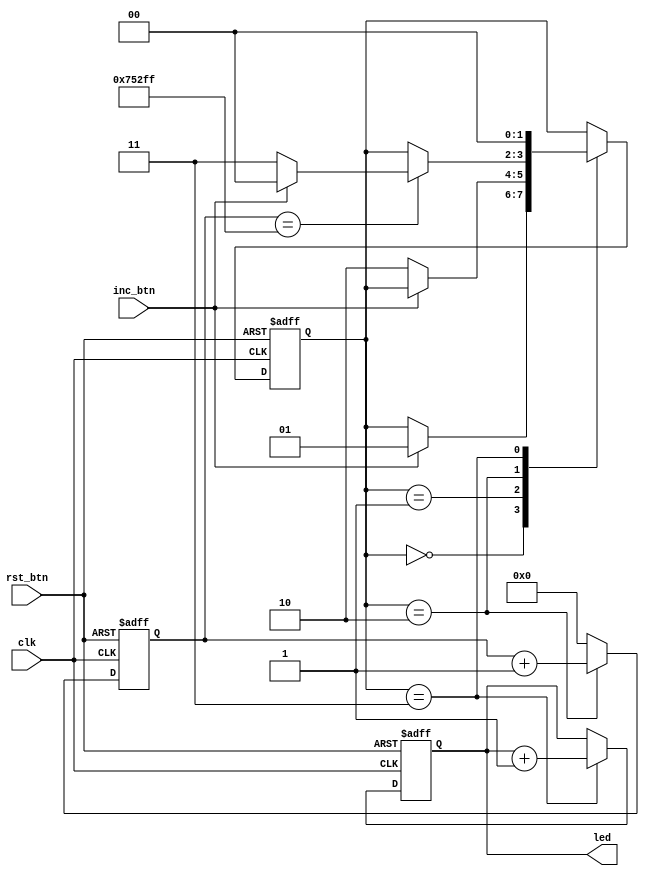
// One possible way to debounce a button press (using a Moore state machine)
//
// Parameters:
//      MAX_CLK_COUNT   - How long to wait (cycles) before sampling button again
// 
// Inputs:
//      clk             - Input clock
//      rst_btn         - Pushbutton (RESET)
//      inc_btn         - Pushbutton (INCREMENT)
// 
// Outputs:
//      led[3:0]        - LEDs (count from 0x0 to 0xf)
// 
// One press of the increment button should correspond to one and only one
// increment of the counter. Use a state machine to identify the edge on the
// button line, wait 40 ms, and sample again to see if the button is still
// pressed.
//
// License: 0BSD

// Use a state machine to debounce the button, which increments a counter
module debounced_counter #(

    // Parameters
    parameter MAX_CLK_COUNT     = 20'd480000 - 1
) (

    // Inputs
    input               clk,
    input               rst_btn,
    input               inc_btn,
    
    // Outputs
    output  reg [3:0]   led
);

    // States
    localparam STATE_HIGH       = 2'd0;
    localparam STATE_LOW        = 2'd1;    
    localparam STATE_WAIT       = 2'd2;
    localparam STATE_PRESSED    = 2'd3;
    
    // Internal signals
    wire rst;
    wire inc;
    
    // Internal storage elements
    reg [1:0]   state;
    reg [19:0]  clk_count;
    
    // Invert active-low buttons
    assign rst = ~rst_btn;
    assign inc = ~inc_btn;
    
    // State transition logic
    always @ (posedge clk or posedge rst) begin
    
        // On reset, return to idle state and restart counters
        if (rst == 1'b1) begin
            state <= STATE_HIGH;
            led <= 4'd0;
            
        // Define the state transitions
        end else begin
            case (state)
            
                // Wait for increment signal to go from high to low
                STATE_HIGH: begin
                    if (inc == 1'b0) begin
                        state <= STATE_LOW;
                    end
                end
            
                // Wait for increment signal to go from low to high
                STATE_LOW: begin
                    if (inc == 1'b1) begin
                        state <= STATE_WAIT;
                    end
                end
                
                // Wait for count to be done and sample button again
                STATE_WAIT: begin
                    if (clk_count == MAX_CLK_COUNT) begin
                        if (inc == 1'b1) begin
                            state <= STATE_PRESSED;
                        end else begin
                            state <= STATE_HIGH;
                        end
                    end
                end
                
                // If button is still pressed, increment LED counter
                STATE_PRESSED: begin
                    led <= led + 1;
                    state <= STATE_HIGH;
                end
                
                    
                // Default case: return to idle state
                default: state <= STATE_HIGH;
            endcase
        end
    end
    
    // Run counter if in wait state
    always @ (posedge clk or posedge rst) begin
        if (rst == 1'b1) begin
            clk_count <= 0;
        end else begin
            if (state == STATE_WAIT) begin
                clk_count <= clk_count + 1;
            end else begin
                clk_count <= 0;
            end
        end
    end
    
endmodule